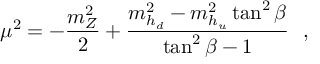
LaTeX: \mu ^ { 2 } = - \frac { m _ { Z } ^ { 2 } } { 2 } + \frac { m _ { h _ { d } } ^ { 2 } - m _ { h _ { u } } ^ { 2 } \tan ^ { 2 } { \beta } } { \tan ^ { 2 } { \beta } - 1 } \ \ ,